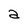
Character: a